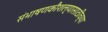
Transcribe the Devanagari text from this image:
संभाषणकौशल्यासाठीच्या